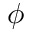
\phi